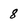
Character: 8